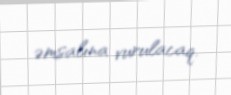
əmsalına vurulacaq.